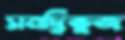
সমদ্বিভুজ